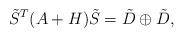
LaTeX: \begin{align*} \tilde{S}^T(A+H)\tilde{S} = \tilde{D} \oplus \tilde{D},\end{align*}